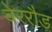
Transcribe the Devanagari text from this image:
वेररौड़